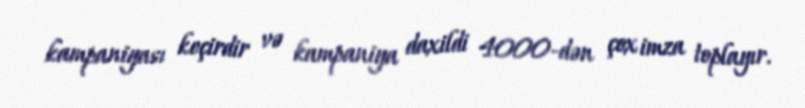
kampaniyası keçirdir və kampaniya daxildi 4000-dən çox imza toplayır.